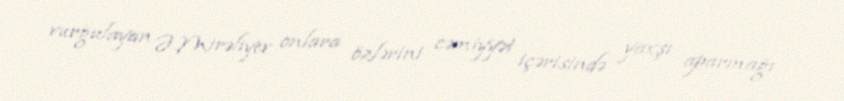
vurğulayan Ə.Mirəliyev onlara özlərini cəmiyyət içərisində yaxşı aparmağı